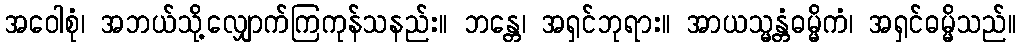
အဝေါစုံ၊ အဘယ်သို့လျှောက်ကြကုန်သနည်း။ ဘန္တေ၊ အရှင်ဘုရား။ အာယသ္မန္တံဓမ္မိကံ၊ အရှင်ဓမ္မိသည်။